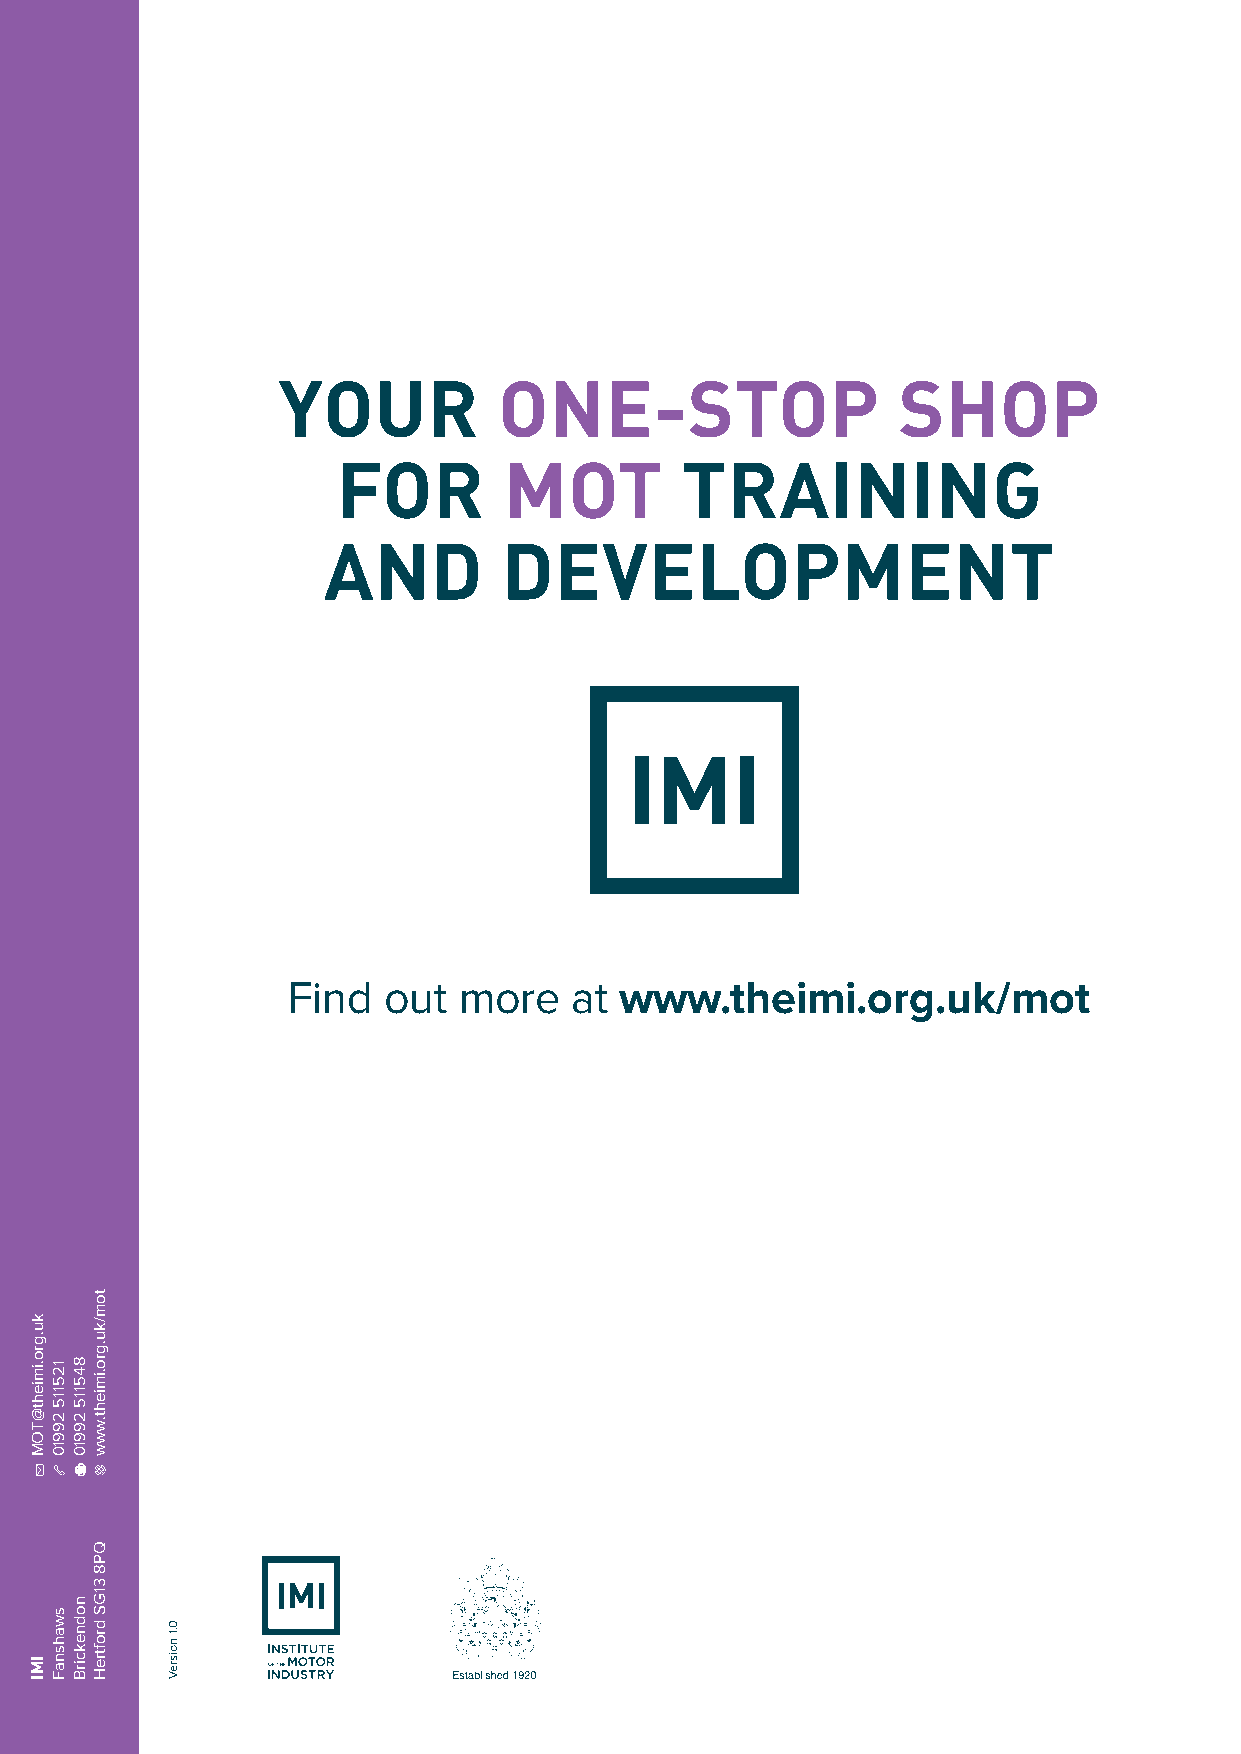
YOUR           ONE-STOP                  SHOP
 FOR        MOT         TRAINING
 AND         DEVELOPMENT
 Find  out  more    at www.theimi.org.uk/mot
 ku.gro.imieht@TOM
 IMI
 125115
 29910
 swahsnaF
 845115
 29910
 nodnekcirB
 tom/ku.gro.imieht.www
 QP8
 31GS
 droftreH 0.1
 noisreV